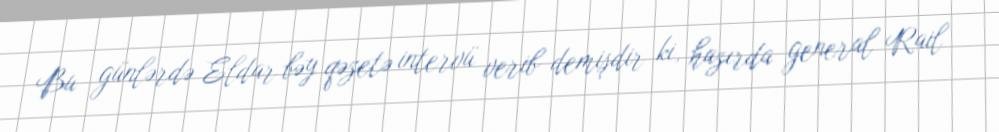
Bu günlərdə Eldar bəy qəzetə intervü verib demişdir ki, hazırda general Rail